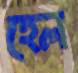
হেল